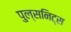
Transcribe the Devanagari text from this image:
पुल्सनिट्स